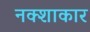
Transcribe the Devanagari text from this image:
नक्शाकार